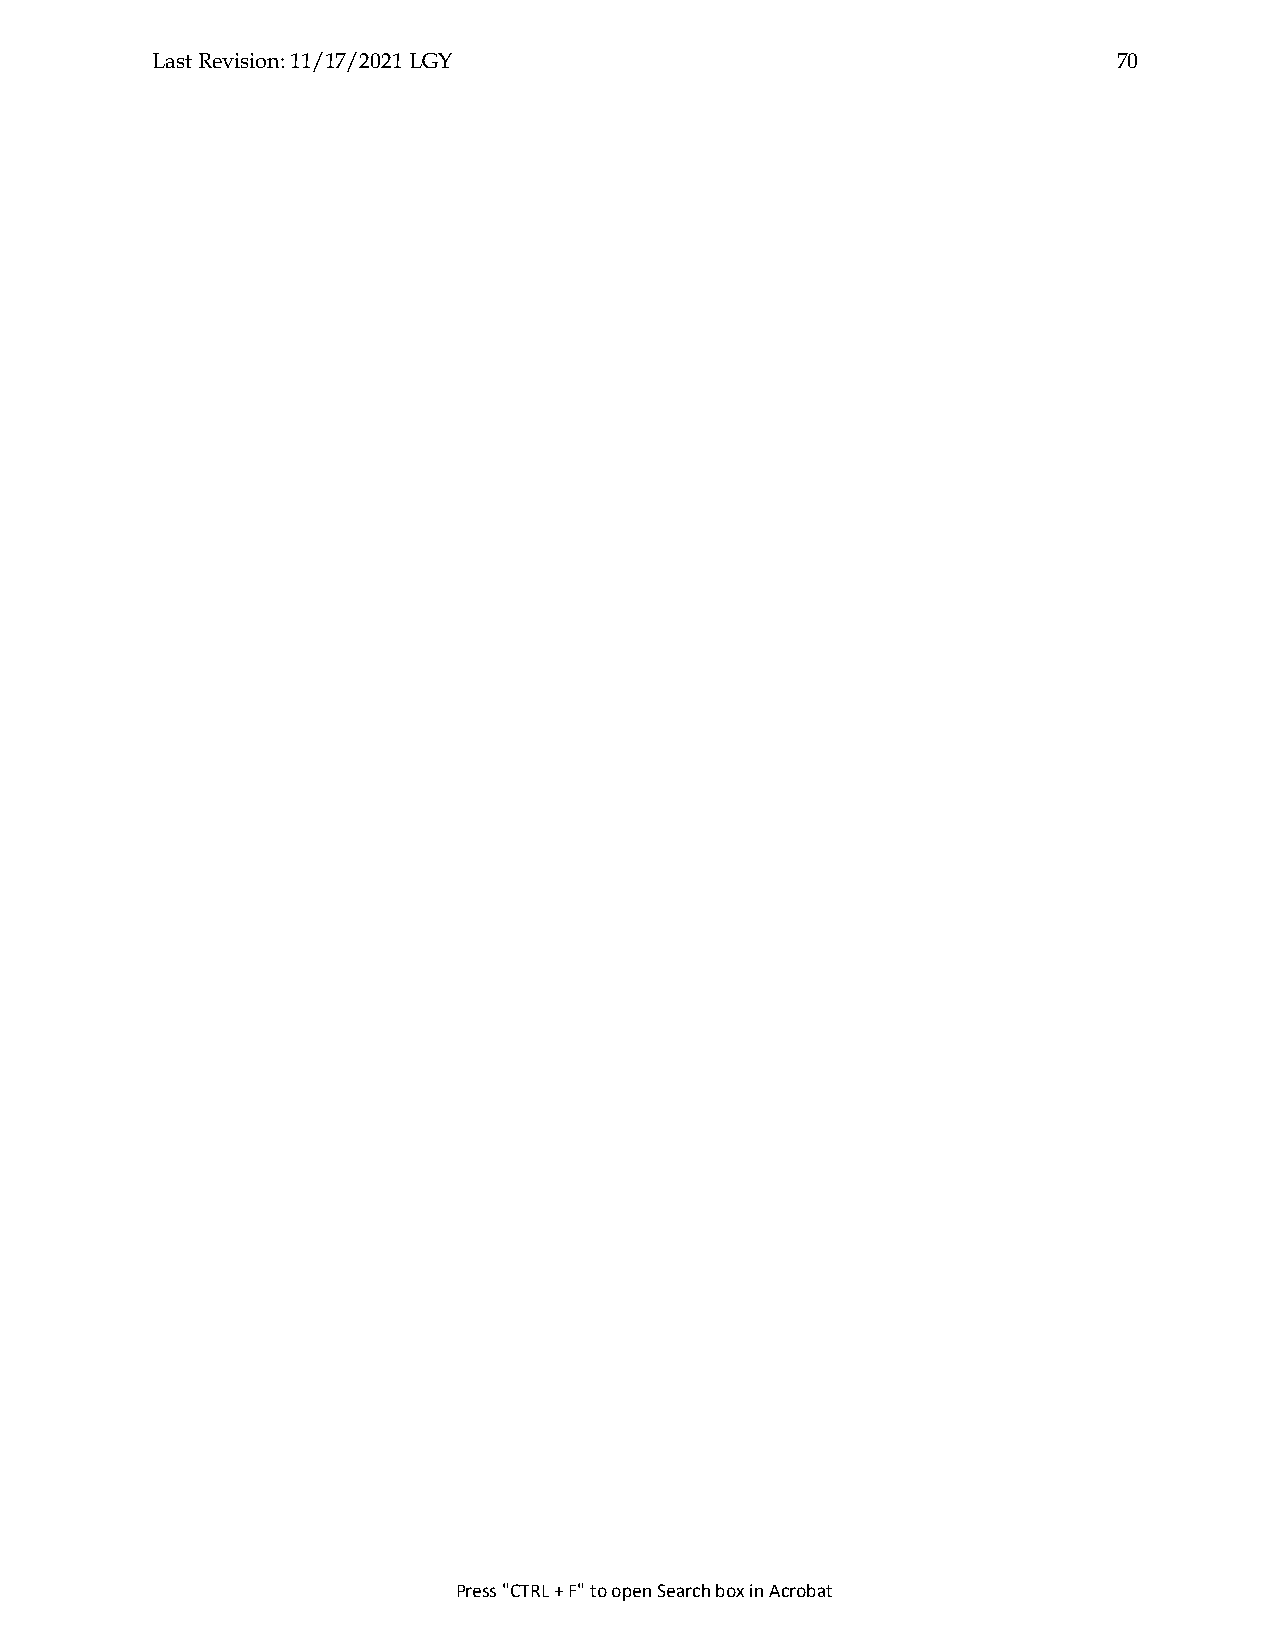
Last Revision: 11/17/2021 LGY                                   70
 Press "CTRL + F" to open Search box in Acrobat